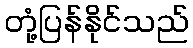
တုံ့ပြန်နိုင်သည်